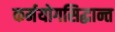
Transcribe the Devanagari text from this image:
कर्मयोगसिद्धान्त